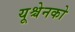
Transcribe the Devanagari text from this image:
यूश्चेनको